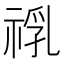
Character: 𱵙